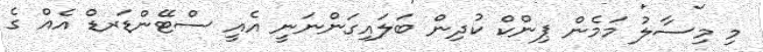
މި މިސާލު މަމެން ޕިންކް ކުދިން ބަލައިގަންނަނީ އެއީ ސްޓޭންޑަރޑް އެއް ގެ